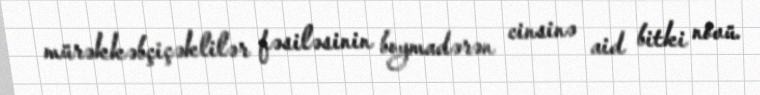
mürəkkəbçiçəklilər fəsiləsinin boymadərən cinsinə aid bitki növü.